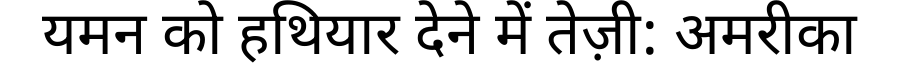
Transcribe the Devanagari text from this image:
यमन को हथियार देने में तेज़ी: अमरीका